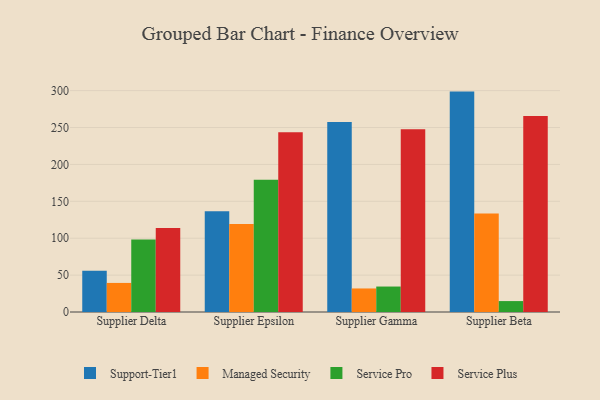
{"axis": {"x": "Supplier", "y": "Energy Usage (MWh)"}, "legend": ["Managed Security", "Service Plus", "Service Pro", "Support-Tier1"], "data": [{"x": "Supplier Delta", "y": 55.9, "type": "Support-Tier1"}, {"x": "Supplier Delta", "y": 39.4, "type": "Managed Security"}, {"x": "Supplier Delta", "y": 98.1, "type": "Service Pro"}, {"x": "Supplier Delta", "y": 113.7, "type": "Service Plus"}, {"x": "Supplier Epsilon", "y": 136.6, "type": "Support-Tier1"}, {"x": "Supplier Epsilon", "y": 119.4, "type": "Managed Security"}, {"x": "Supplier Epsilon", "y": 179.1, "type": "Service Pro"}, {"x": "Supplier Epsilon", "y": 243.5, "type": "Service Plus"}, {"x": "Supplier Gamma", "y": 257.6, "type": "Support-Tier1"}, {"x": "Supplier Gamma", "y": 31.9, "type": "Managed Security"}, {"x": "Supplier Gamma", "y": 34.5, "type": "Service Pro"}, {"x": "Supplier Gamma", "y": 247.8, "type": "Service Plus"}, {"x": "Supplier Beta", "y": 298.7, "type": "Support-Tier1"}, {"x": "Supplier Beta", "y": 133.4, "type": "Managed Security"}, {"x": "Supplier Beta", "y": 14.8, "type": "Service Pro"}, {"x": "Supplier Beta", "y": 265.5, "type": "Service Plus"}]}